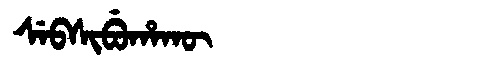
Manchu: ᠰᡝᠪᠰᡳᠪᡠᡥᠠᡴᡡ
Romanization: SEBSIBUHAKŪ